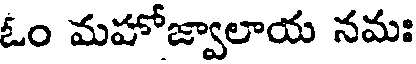
ఓం మహోజ్వాలాయ నమః